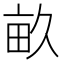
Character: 畝